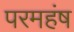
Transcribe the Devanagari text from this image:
परमहंष